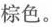
棕色。